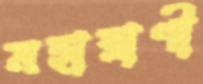
মহারাণী